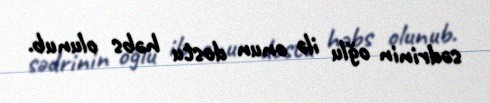
sədrinin oğlu ilə onun dostu həbs olunub.